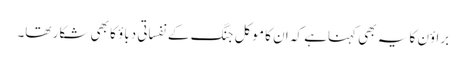
براؤن کا یہ بھی کہناہے کہ ان کا موکل جنگ کے نفساتی دباؤ کا بھی شکار تھا۔